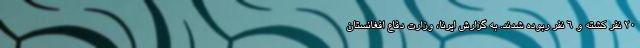
۲۰ نفر کشته و ۶ نفر ربوده شدند. به گزارش ایرنا، وزارت دفاع افغانستان